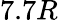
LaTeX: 7.7R